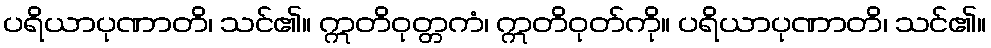
ပရိယာပုဏာတိ၊ သင်၏။ ဣတိဝုတ္တကံ၊ ဣတိဝုတ်ကို။ ပရိယာပုဏာတိ၊ သင်၏။